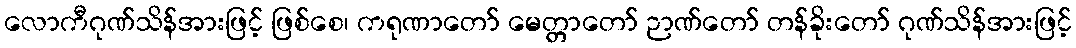
လောကီဂုဏ်သိန်အားဖြင့် ဖြစ်စေ၊ ကရုဏာတော် မေတ္တာတော် ဉာဏ်တော် တန်ခိုးတော် ဂုဏ်သိန်အားဖြင့်